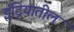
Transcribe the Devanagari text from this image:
इंद्रियातील